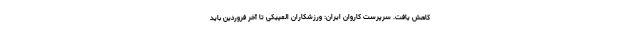
کاهش یافت. سرپرست کاروان ایران: ورزشکاران المپیکی تا آخر فروردین باید